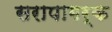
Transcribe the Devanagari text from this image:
सरापागर्क